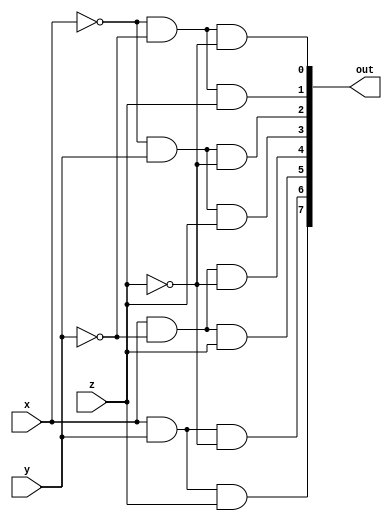
module HotEncoder(
    input x,y,z,
    output [7:0]out
);
    assign out[0]=(~x&~y&~z);
    assign out[1]=(~x&~y&z);
    assign out[2]=(~x&y&~z);
    assign out[3]=(~x&y&z);
    assign out[4]=(x&~y&~z);
    assign out[5]=(x&~y&z);
    assign out[6]=(x&y&~z);
    assign out[7]=(x&y&z);

endmodule